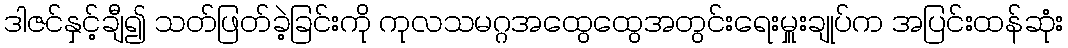
ဒါဇင်နှင့်ချီ၍ သတ်ဖြတ်ခဲ့ခြင်းကို ကုလသမဂ္ဂအထွေထွေအတွင်းရေးမှူးချုပ်က အပြင်းထန်ဆုံး